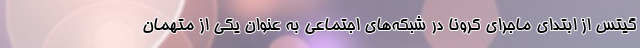
گیتس از ابتدای ماجرای کرونا در شبکه‌های اجتماعی به عنوان یکی از متهمان